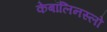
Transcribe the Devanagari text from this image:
केबॉलिनस्लो